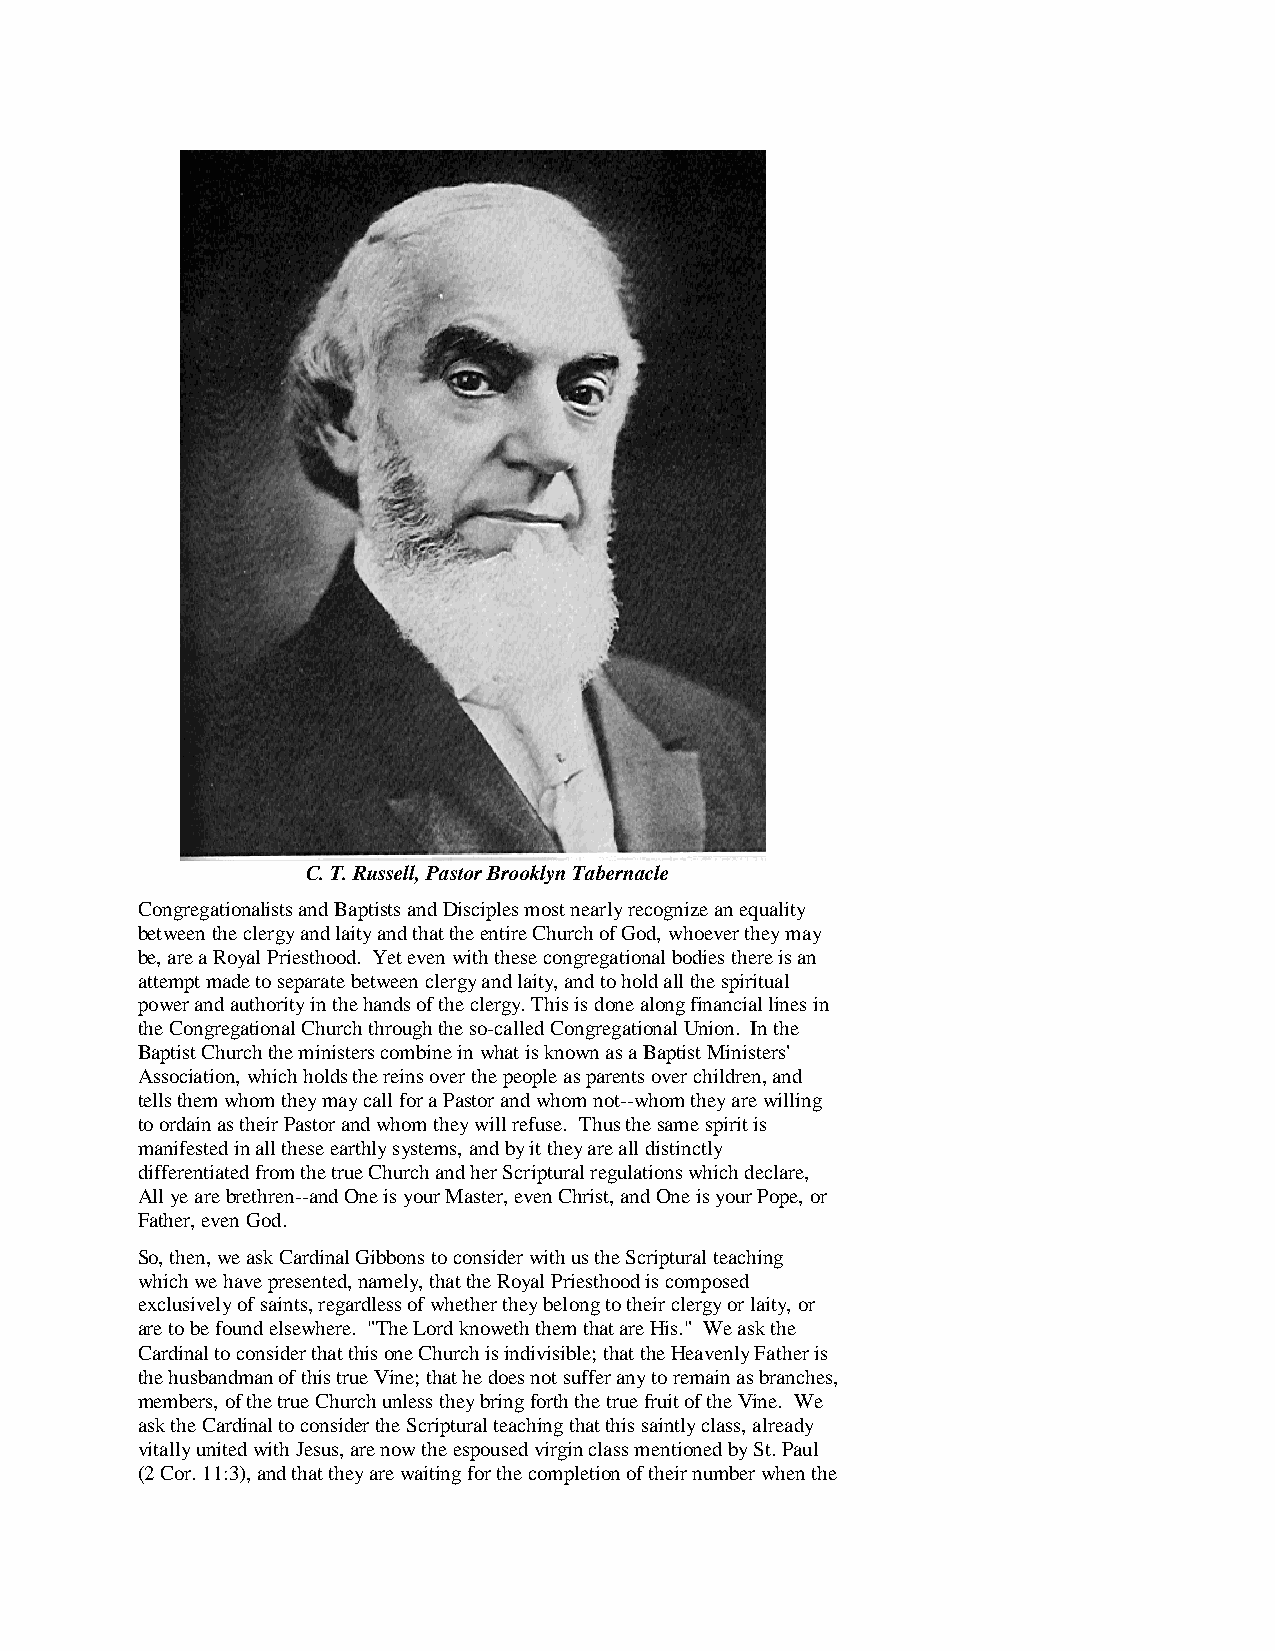
C. T. Russell, Pastor Brooklyn Tabernacle
 Congregationalists and Baptists and Disciples most nearly recognize an equality
 between the clergy and laity and that the entire Church of God, whoever they may
 be, are a Royal Priesthood. Yet even with these congregational bodies there is an
 attempt made to separate between clergy and laity, and to hold all the spiritual
 power and authority in the hands of the clergy. This is done along financial lines in
 the Congregational Church through the so-called Congregational Union. In the
 Baptist Church the ministers combine in what is known as a Baptist Ministers'
 Association, which holds the reins over the people as parents over children, and
 tells them whom they may call for a Pastor and whom not--whom they are willing
 to ordain as their Pastor and whom they will refuse. Thus the same spirit is
 manifested in all these earthly systems, and by it they are all distinctly
 differentiated from the true Church and her Scriptural regulations which declare,
 All ye are brethren--and One is your Master, even Christ, and One is your Pope, or
 Father, even God.
 So, then, we ask Cardinal Gibbons to consider with us the Scriptural teaching
 which we have presented, namely, that the Royal Priesthood is composed
 exclusively of saints, regardless of whether they belong to their clergy or laity, or
 are to be found elsewhere. "The Lord knoweth them that are His." We ask the
 Cardinal to consider that this one Church is indivisible; that the Heavenly Father is
 the husbandman of this true Vine; that he does not suffer any to remain as branches,
 members, of the true Church unless they bring forth the true fruit of the Vine. We
 ask the Cardinal to consider the Scriptural teaching that this saintly class, already
 vitally united with Jesus, are now the espoused virgin class mentioned by St. Paul
 (2 Cor. 11:3), and that they are waiting for the completion of their number when the